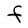
Character: F